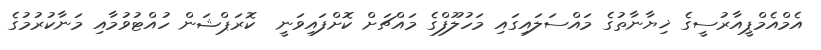
އެމްއެމްޕީއާރުސީގެ ޚިޔާނާތުގެ މައްސަލައިގައި މަހުލޫފްގެ މައްޗަށް ކޮށްފައިވަނީ  ކޮރަޕްޝަން ހުއްޓުވުމާއި މަނާކުރުމުގެ